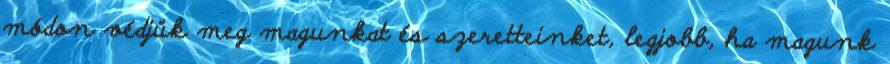
módon védjük meg magunkat és szeretteinket, legjobb, ha magunk